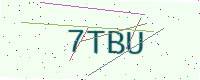
Text: 7TBU